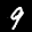
Label: 9